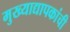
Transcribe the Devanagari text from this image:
मुख्‍याद्यापकांची